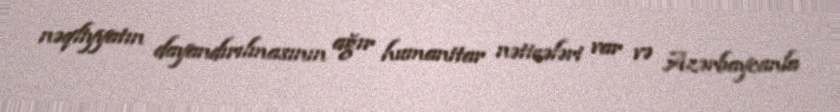
nəqliyyatın dayandırılmasının ağır humanitar nəticələri var və Azərbaycanla